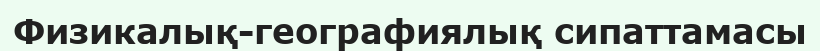
Физикалық-географиялық сипаттамасы